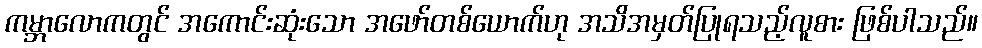
ကမ္ဘာလောကတွင် အကောင်းဆုံးသော အဖော်တစ်ယောက်ဟု အသိအမှတ်ပြုရသည့်လူစား ဖြစ်ပါသည်။